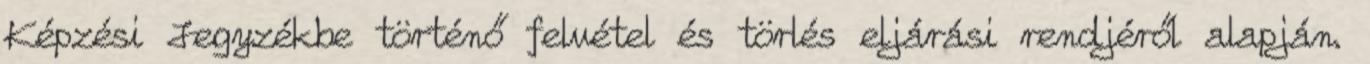
Képzési Jegyzékbe történő felvétel és törlés eljárási rendjéről alapján.